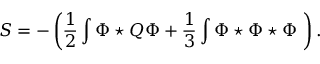
S = - \left( \frac { 1 } { 2 } \int \Phi \star Q \Phi + \frac { 1 } { 3 } \int \Phi \star \Phi \star \Phi \ \right) .